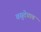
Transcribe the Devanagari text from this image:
वसुदेवात